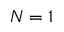
N = 1